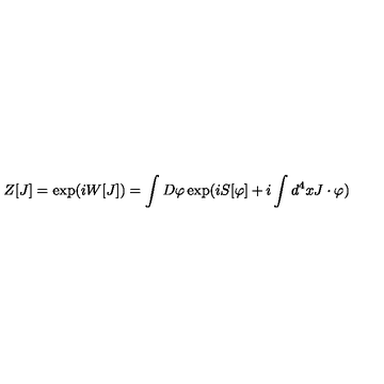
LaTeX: Z [ J ] = \exp ( i W [ J ] ) = \int D \varphi \exp ( i S [ \varphi ] + i \int d ^ { 4 } x J \cdot \varphi )